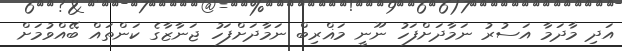
އަދި މާދަމާ އަސުރު ނަމާދަށްފަހު ނޫނީ މަޣްރިބް ނަމާދަށްފަހު ޖަނާޒާގެ ކަންތައް ބޭއްވުމަށް